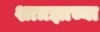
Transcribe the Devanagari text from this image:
शात्रज्ञाच्या